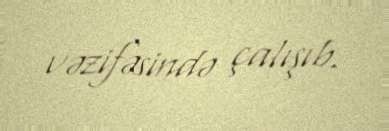
vəzifəsində çalışıb.